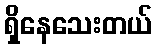
ရှိနေသေးတယ်